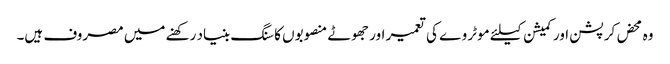
وہ محض کرپشن اور کمیشن کیلئے موٹر وے کی تعمیر اور جھوٹے منصوبوں کا سنگ بنیاد رکھنے میں مصروف ہیں۔